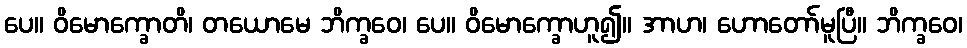
ပေ။ ဝိမောက္ခောတိ၊ တယောမေ ဘိက္ခဝေ၊ ပေ။ ဝိမောက္ခောဟူ၍။ အာဟ၊ ဟောတော်မူပြီ။ ဘိက္ခဝေ၊